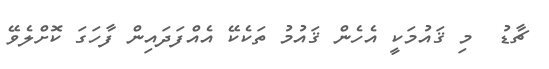
ޗާޑު  މި ޤައުމަކީ އެހެން ޤައުމު ތަކެކޭ އެއްފަދައިން ފާހަގަ ކޮށްލެވޭ